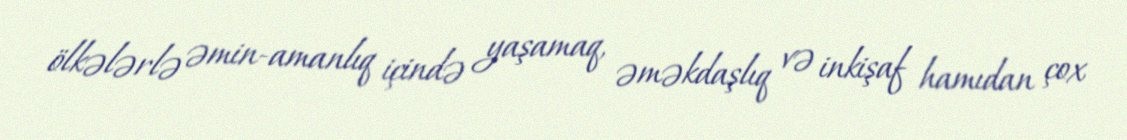
ölkələrlə əmin-amanlıq içində yaşamaq, əməkdaşlıq və inkişaf hamıdan çox